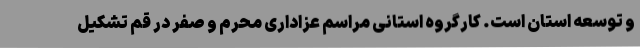
و توسعه استان است. کارگروه استانی مراسم عزاداری محرم و صفر در قم تشکیل